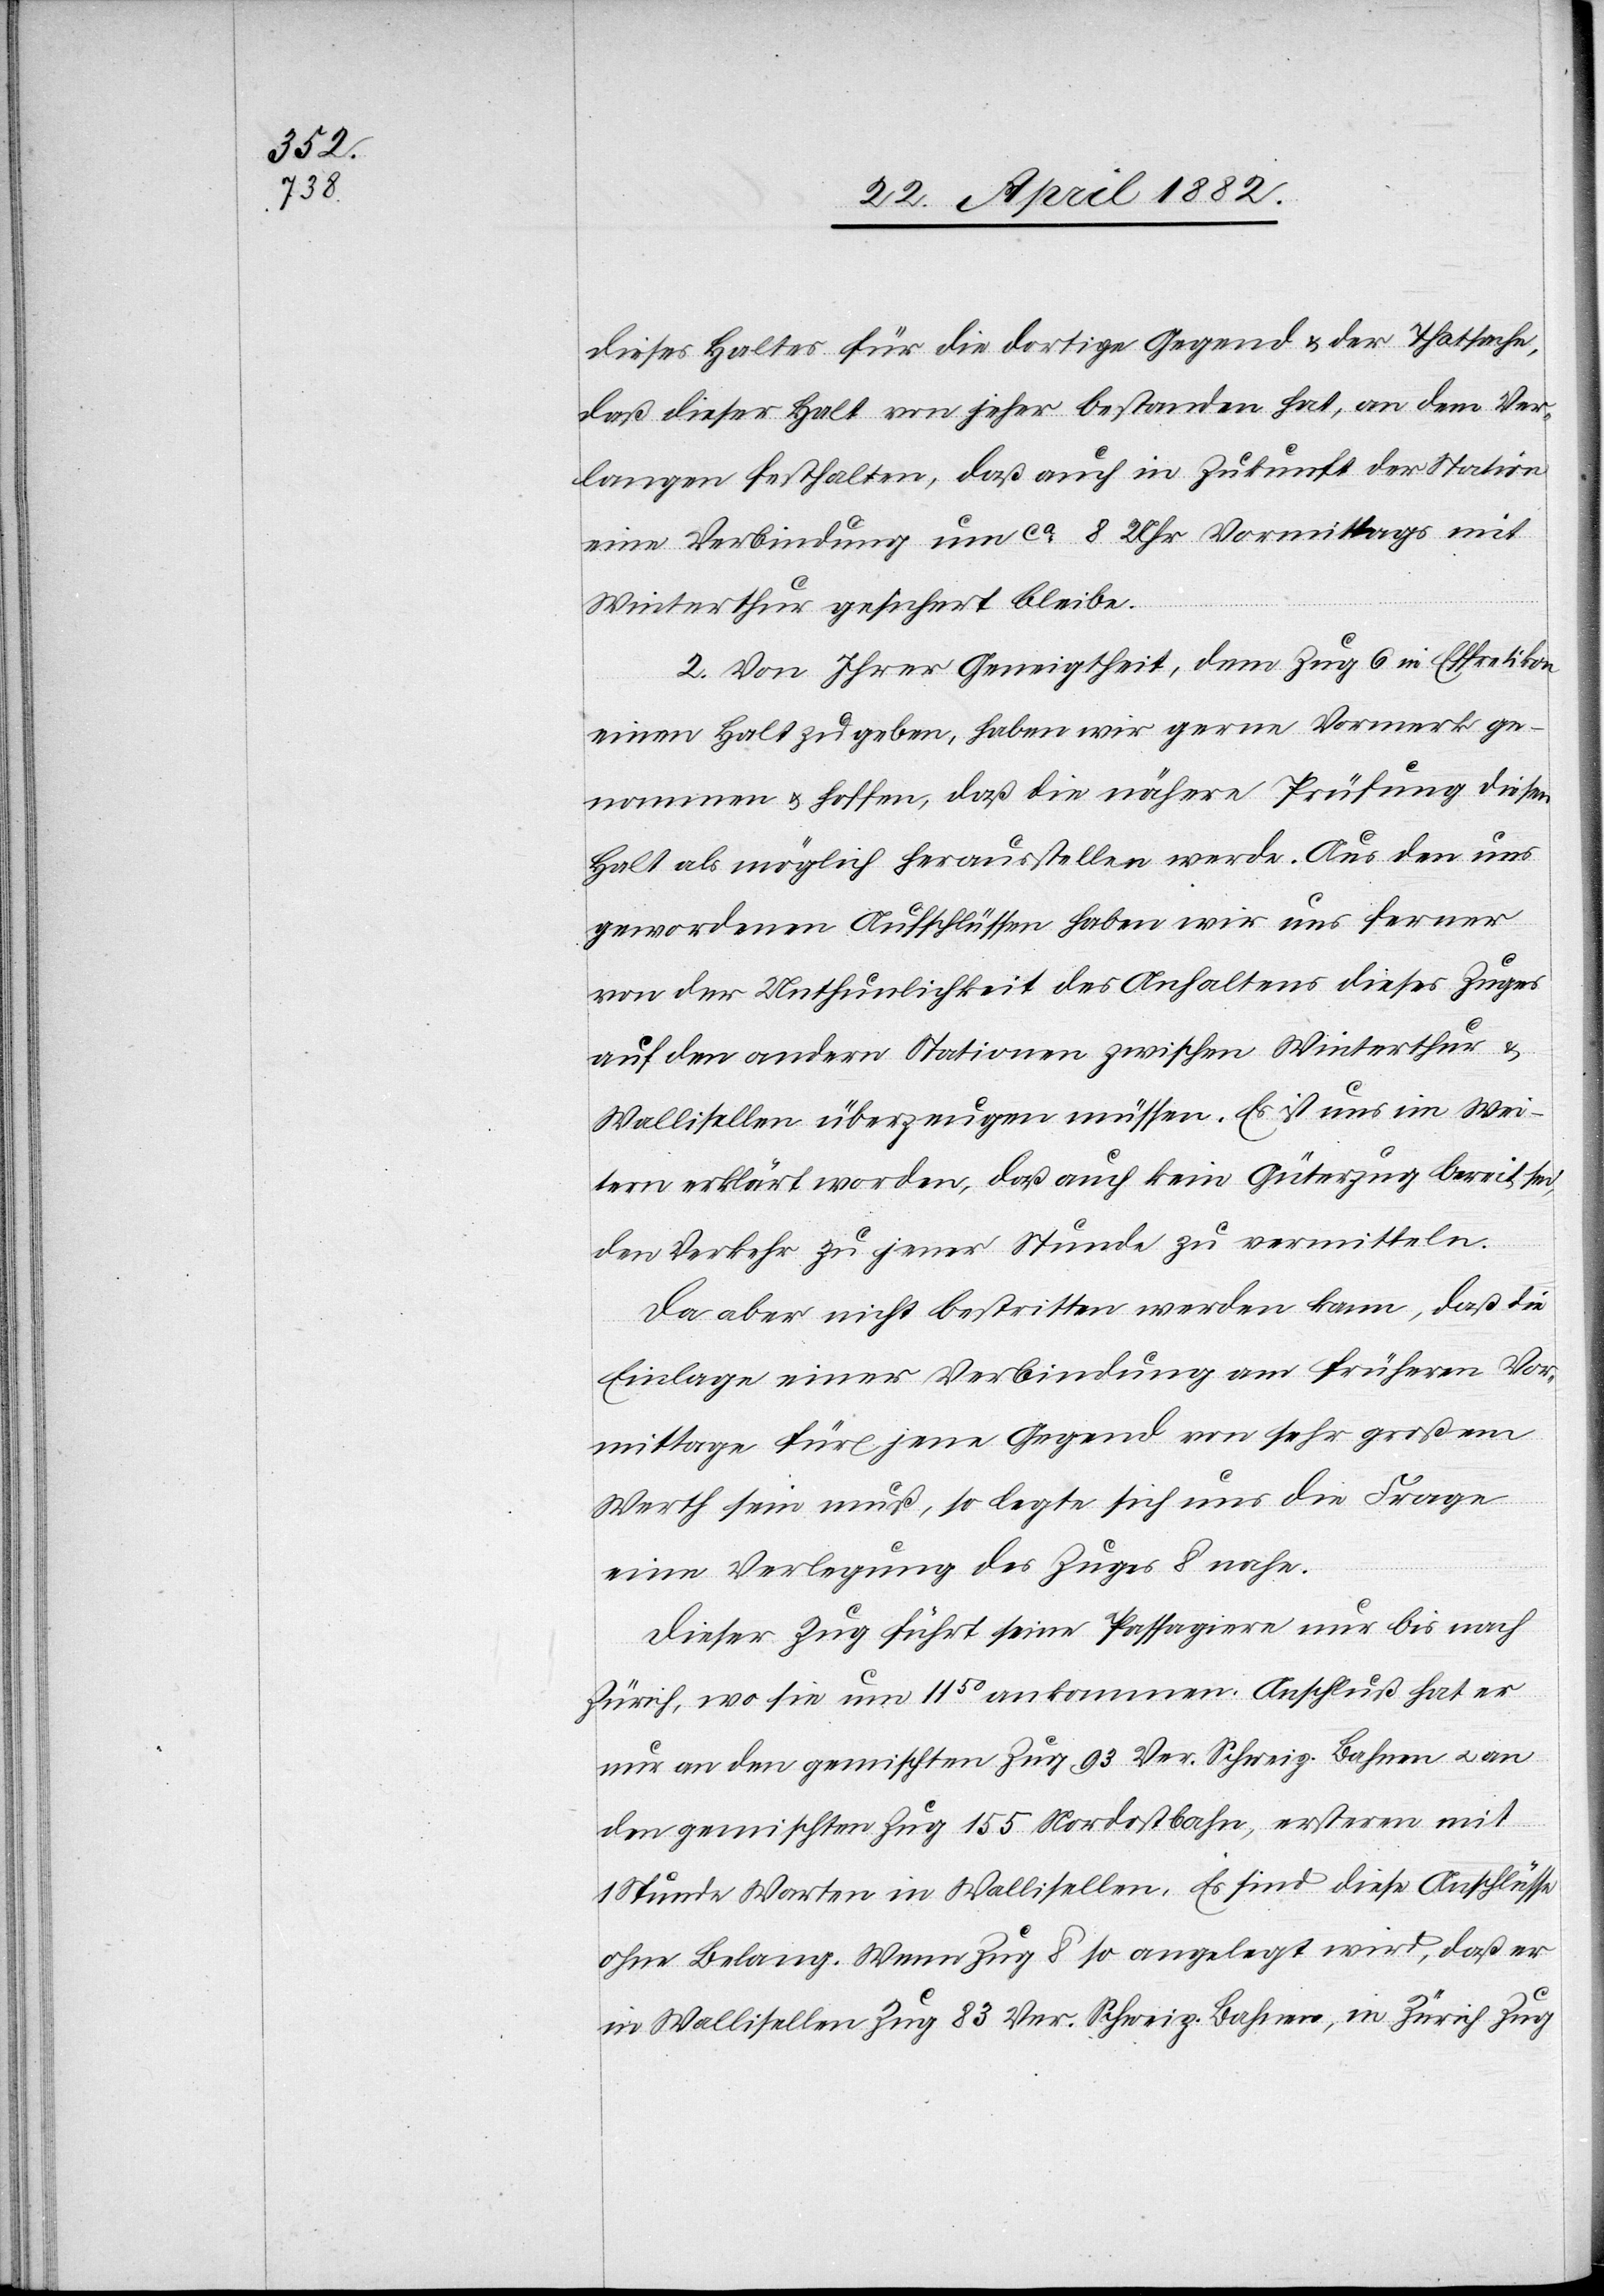
dieses Haltes für die dortige Gegend & der Thatsache,
daß dieser Halt von jeher bestanden hat, an dem Ver¬
langten festhalten, daß auch in Zukunft der Station
eine Verbindung um ca 8 Uhr Vormittags mit
Winterthur gesichert bleibe.
2. Von Ihrer Geneigtheit, dem Zug 6 in Effretikon
einen Halt zu geben, haben wir gerne Vormerk ge¬
nommen & hoffen, daß die nähere Prüfung diesen
Halt als möglich herausstellen werde. Aus den uns
gewordenen Aufschlüssen haben wir uns ferner
von der Unthunlichkeit des Anhaltens dieses Zuges
auf den andern Stationen zwischen Winterthur &
Wallisellen überzeugen müssen. Es ist uns im Wei¬
tern erklärt worden, daß auch kein Güterzug bereit sei,
den Verkehr zu jener Stunde zu vermitteln.
Da aber nicht bestritten werden kann, daß die
Einlage einer Verbindung am frühern Vor¬
mittage für jene Gegend von sehr großem
Werth sein muß, so legte sich uns die Frage
eine Verlegung des Zuges 8 nahe.
Dieser Zug führt seine Passagiere nur bis nach
Zürich, wo sie um 1150 ankommen. Anschluß hat er
nur an den gemischten Zug 93 Ver. Schweiz. Bahnen u. an
den gemischten Zug 155 Nordostbahn, erstern mit
1 Stunde Warten in Wallisellen. Es sind diese Anschlüsse
ohne Belang. Wenn Zug 8 so angelegt wird, daß er
in Wallisellen Zug 83 Ver. Schweiz. Bahnen, in Zürich Zug